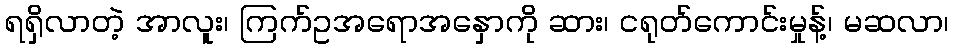
ရရှိလာတဲ့ အာလူး၊ ကြက်ဥအရောအနှောကို ဆား၊ ငရုတ်ကောင်းမှုန့်၊ မဆလာ၊